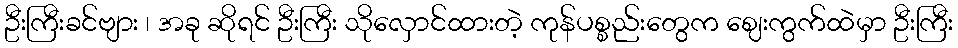
ဦးကြီးခင်ဗျား ၊ အခု ဆိုရင် ဦးကြီး သိုလှောင်ထားတဲ့ ကုန်ပစ္စည်းတွေက ဈေးကွက်ထဲမှာ ဦးကြီး